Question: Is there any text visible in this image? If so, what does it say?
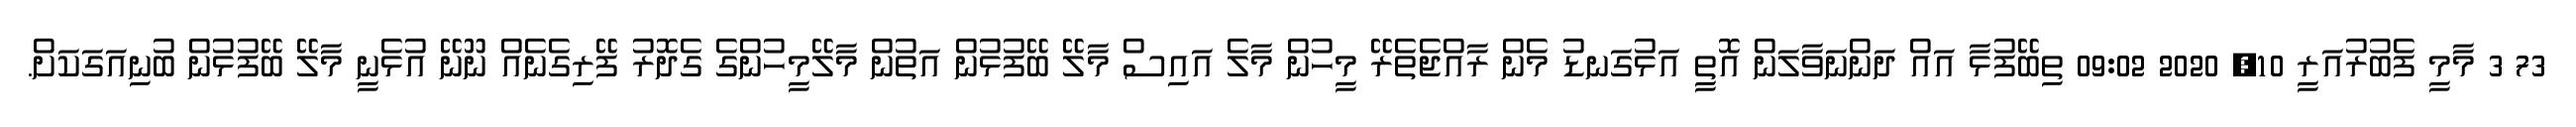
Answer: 73 3 މާމީ ފެބުރުއަރީ 10, 2020 09:02 ތިބޭފުޅާ އައް ދަންނަވާލަން އޮތީ އަޅުގަނޑު މެން ރާއްޖެތެރޭ މީހުން މާލެ އައިސް މާލޭ ބޭފުޅުން އަތުން މާލޭމީހުންގެ ގެދޮރު ފޭރިގެނެއް ނޫނޭ އުޅެނީ މާލޭ ބޭފުޅުން ބުނިއަގަކަށް.